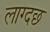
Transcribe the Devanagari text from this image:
लाग्दछ